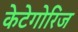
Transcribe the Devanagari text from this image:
केटेगोरिज